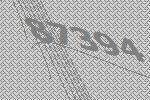
87394